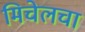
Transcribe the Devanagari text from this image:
मिचेलचा